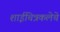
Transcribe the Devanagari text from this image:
शाईचित्रकलेचे